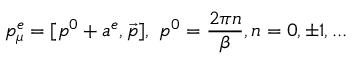
p _ { \mu } ^ { e } = [ p ^ { 0 } + a ^ { e } , \vec { p } ] , \ p ^ { 0 } = \frac { 2 \pi n } { \beta } , n = 0 , \pm 1 , . . .